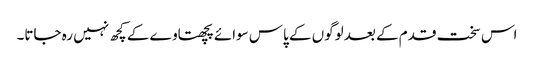
اس سخت قدم کے بعد لوگوں کے پاس سوائے پچھتاوے کے کچھ نہیں رہ جاتا۔